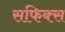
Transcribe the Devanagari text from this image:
सफिक्स